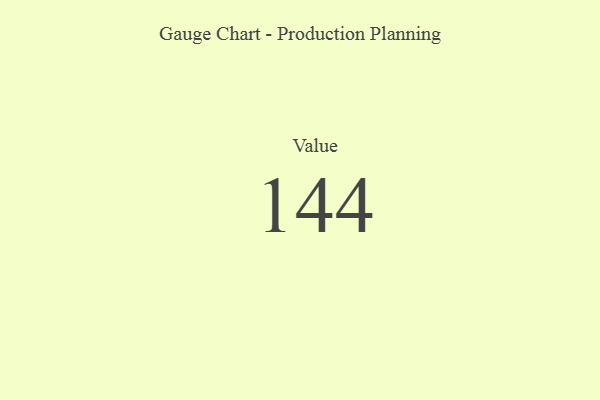
{"axis": {"x": "Metric", "y": "Value"}, "legend": [""], "data": [{"x": "Value", "y": 144, "type": ""}]}